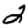
Digit: 2